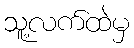
သူ့လက်ထဲမှ